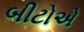
બીટોએ